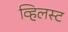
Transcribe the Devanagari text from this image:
व्हिलस्ट